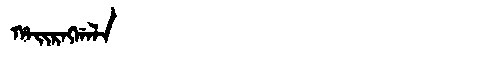
Manchu: ᡥᠠᡳᡵᠩᡤᠠᠯᠠ
Romanization: HAIRNGGALA